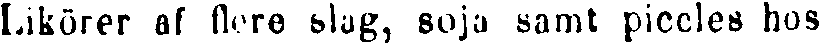
Likörer af flere slag, soja samt piccles hos